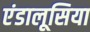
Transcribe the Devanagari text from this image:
एंडालूसिया